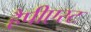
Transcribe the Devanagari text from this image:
हैपीएस्ट